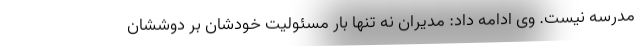
مدرسه نیست. وی ادامه داد: مدیران نه تنها بار مسئولیت خودشان بر دوششان